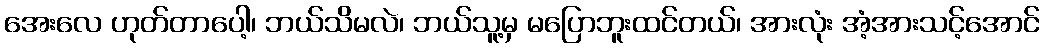
အေးလေ ဟုတ်တာပေါ့၊ ဘယ်သိမလဲ၊ ဘယ်သူ့မှ မပြောဘူးထင်တယ်၊ အားလုံး အံ့အားသင့်အောင်